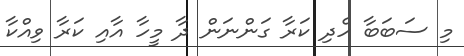
މި ސަބަބާ ހެދި ކަރާ ގަންނަން ދާ މީހާ އާއި ކަރާ ވިއްކާ